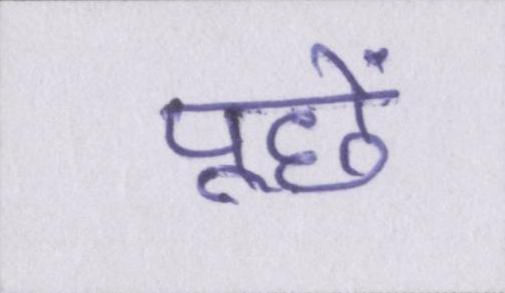
पूछें